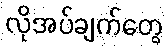
လိုအပ်ချက်တွေ